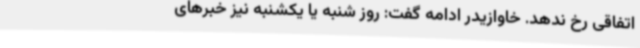
اتفاقی رخ ندهد. خاوازیدر ادامه گفت: روز شنبه یا یکشنبه نیز خبرهای